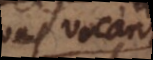
quas vocant